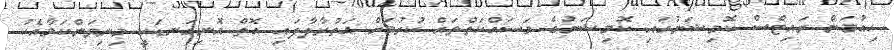
ހިއުމަން ރައިޓްސް ކޮމިޝަނުގައި ކޮމިޝަނުގެ މަސައްކަތްތައް ކުރުމަށް އަތުރާލާފައި އޮތް އޮނިގަނޑަކީ މިނިވަންކަމާއެކު